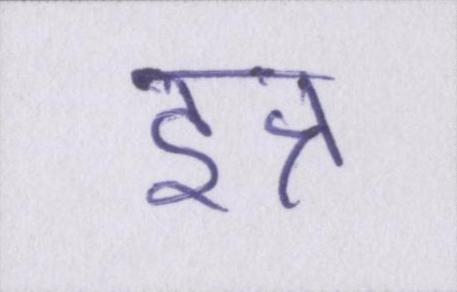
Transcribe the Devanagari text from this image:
इत्र